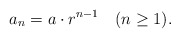
\begin{align*}a_n=a\cdot r^{n-1} \quad(n\geq1).\end{align*}